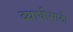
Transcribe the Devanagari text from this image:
व्याधीसाठी